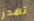
تهدر